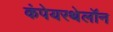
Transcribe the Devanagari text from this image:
कंपेयरथेलॉन